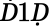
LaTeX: Ḋ1Ḍ